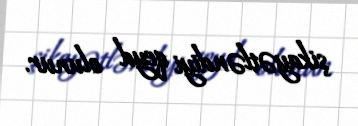
şikayətləndiyi qeyd olunur.